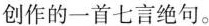
创作的一首七言绝句。